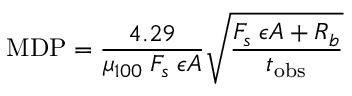
\mathrm { M D P } = \frac { 4 . 2 9 } { \mu _ { 1 0 0 } \; F _ { s } \; \epsilon A } \sqrt { \frac { F _ { s } \; \epsilon A + R _ { b } } { t _ { \mathrm { o b s } } } }